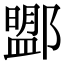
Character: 𨞚